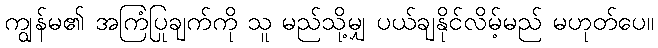
ကျွန်မ၏ အကြံပြုချက်ကို သူ မည်သို့မျှ ပယ်ချနိုင်လိမ့်မည် မဟုတ်ပေ။